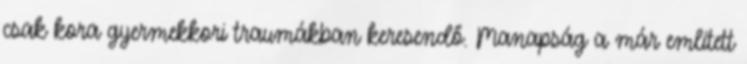
csak kora gyermekkori traumákban keresendő. Manapság a már említett